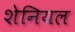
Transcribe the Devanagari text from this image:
शेनियल